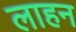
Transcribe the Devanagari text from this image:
लाहन